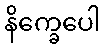
နိက္ခေပေါ